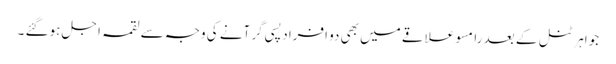
جواہر ٹنل کے بعد رامسو علاقے میں بھی دو افراد پسی گر آنے کی وجہ سے لقمہ اجل ہوگئے ۔